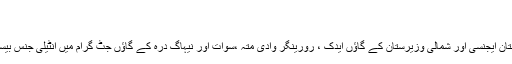
ڈیلی صبا ایک ترکش نیوز پیپر نے بتایا کہ اصل
آپریشن رد الفساد:
سکیو رٹی فور سز نے گا ؤں پو نگا کلی جنو بی وزیرستان ایجنسی اور شمالی وزیرستان کے گاؤں ایدک ، رورینگر وادی متہ ،سوات اور نیہاگ درہ کے گاؤں جٹ گرام میں انٹیلی جنس بیسڈ آپریشن کے دوران بڑی مقدار میں اسلحہ برآ مد کر لیا۔